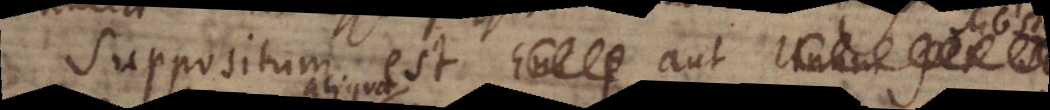
Suppositum est aut S